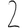
Digit: 2